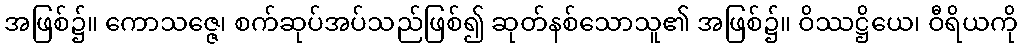
အဖြစ်၌။ ကောသဇ္ဇေ၊ စက်ဆုပ်အပ်သည်ဖြစ်၍ ဆုတ်နစ်သောသူ၏ အဖြစ်၌။ ဝိဿဋ္ဌိယေ၊ ဝီရိယကို